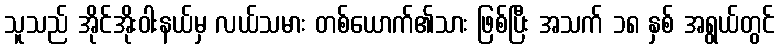
သူသည် အိုင်အိုးဝါးနယ်မှ လယ်သမား တစ်ယောက်၏သား ဖြစ်ပြီး အသက် ၁၈ နှစ် အရွယ်တွင်